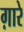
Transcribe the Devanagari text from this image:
ग़ारे